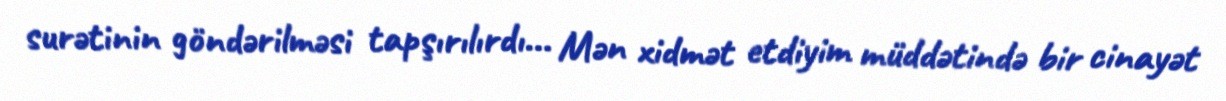
surətinin göndərilməsi tapşırılırdı... Mən xidmət etdiyim müddətində bir cinayət